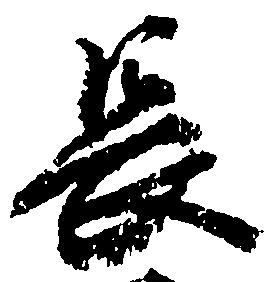
長